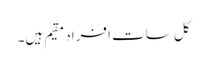
کل سات افراد مقیم ہیں۔